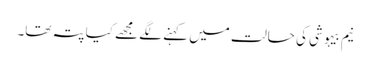
نیم بیہوشی کی حالت میں کہنے لگے مجھے کیا پتہ تھا۔